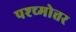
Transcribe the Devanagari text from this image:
पश्च्मोत्तर